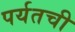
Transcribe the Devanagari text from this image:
पर्यतची